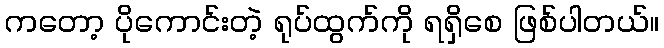
ကတော့ ပိုကောင်းတဲ့ ရုပ်ထွက်ကို ရရှိစေ ဖြစ်ပါတယ်။